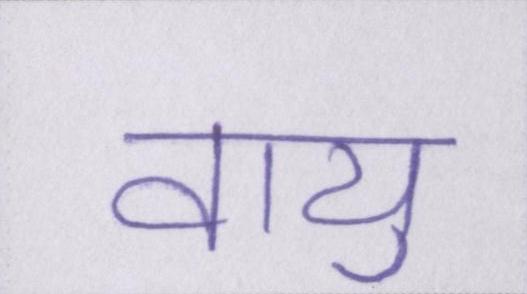
वायु